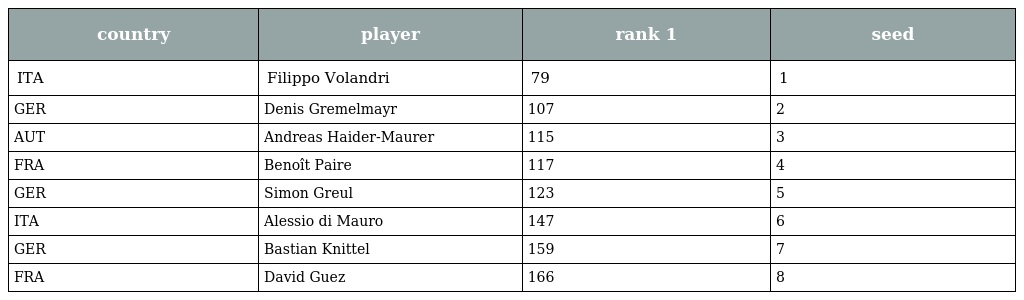
| country | player | rank 1 | seed |
 | --- | --- | --- | --- |
 | ITA | Filippo Volandri | 79 | 1 |
 | GER | Denis Gremelmayr | 107 | 2 |
 | AUT | Andreas Haider-Maurer | 115 | 3 |
 | FRA | Benoît Paire | 117 | 4 |
 | GER | Simon Greul | 123 | 5 |
 | ITA | Alessio di Mauro | 147 | 6 |
 | GER | Bastian Knittel | 159 | 7 |
 | FRA | David Guez | 166 | 8 |